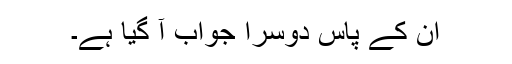
ان کے پاس دوسرا جواب آ گیا ہے۔